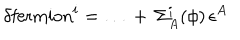
\delta \mathrm { f e r m i o n } ^ { i } = \dots \, + \, \Sigma _ { A } ^ { i } ( \phi ) \, \epsilon ^ { A }